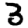
Digit: 3